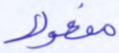
مفعولا